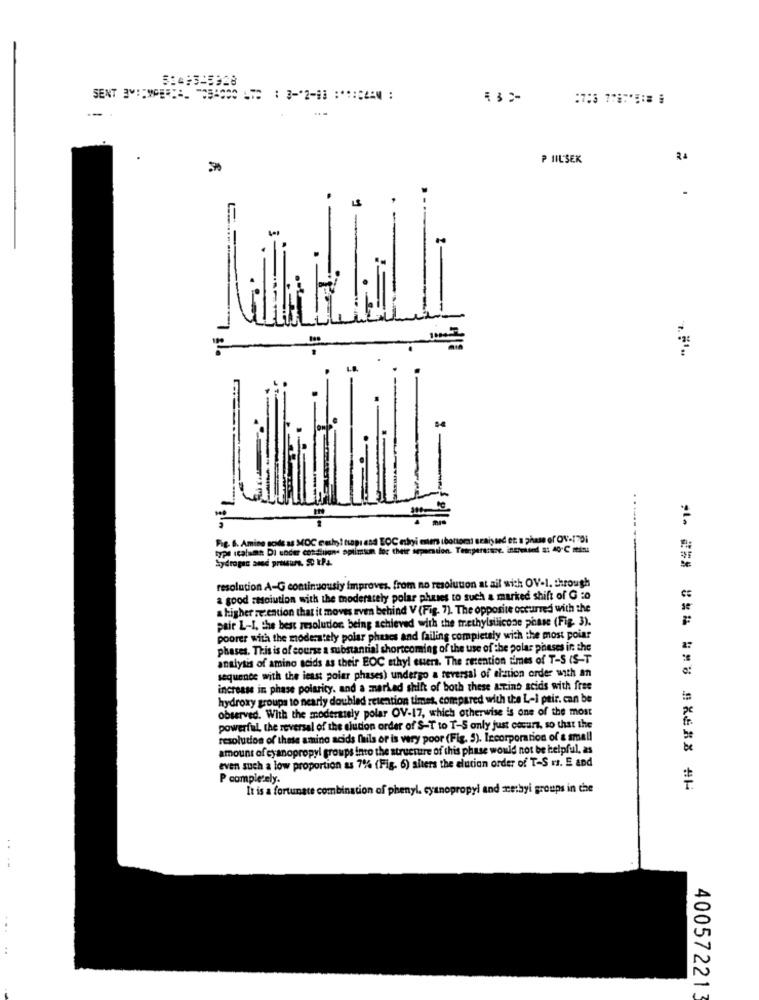
P IIL'SEK
Fig. 6. Amine gode as MOC cashy! napi and BOC ehyi mars (bottom: analysed et a phase of ON-1701
type ıcolumn DI under conditions apiimun for their seperation. Teteperatie. intrmised 8: 40-C mein:
resolution A-G continuously improves. from no resolution at ail wich OV-1, through
a good resolution with the moderately polar phuses to such a marked shift of G :o
ahigher retention that it moves even behind V (Fig. 7). The opposite occurred with the
pair L-I, the best resolution being achieved with the methylsilicone phase (Fig. 3).
poorer with the moderately polar phases and failing completely with the most poiar
phases. This is of course a substantial shortcoming of the use of the polar phases in the
analysis of amino acids as their EOC ethyl euera. The retention times of T-S (S-T
sequence with the least polar phases) undergo a reversal of elation order with an
increase in phase polarity. and a marked shift of both these atting acids with free
hydroxy groups to nearly doubled retention times, compared with the L-i pair. can be
observed. With the moderately polar OV-17, which otherwise is one of the most
powerful, the reversal of the elution order of $-T to T-S only just coeurz, so that the
resolution of these amino acids fails or is very poor (Fig. 5). Incorporation of a small
amount of eyanopropyl groups into the structure of this phase would not be helpful, as
even such a low proportion as 7% (Fig. 6) alters the elution order of T-S r. E and
P completely.
It is a fortunate combination of phenyl. cyanopropyl and meetbyi groups in the
** *** ** # ### #XERX AH
..
40057221